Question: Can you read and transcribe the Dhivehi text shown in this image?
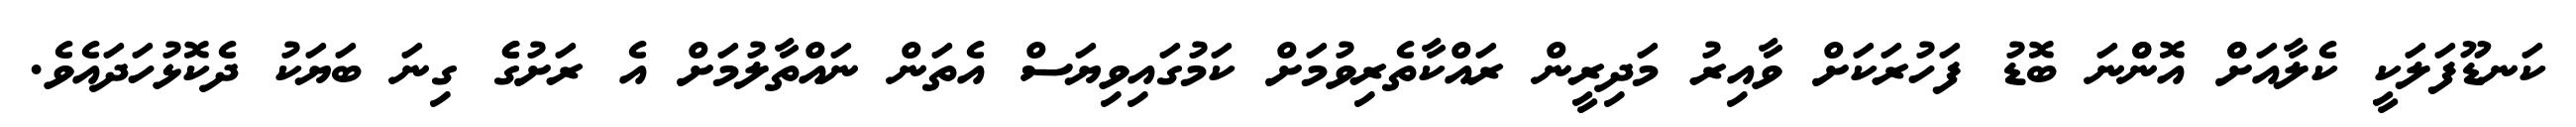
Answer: ކަނޑޫފަލަކީ ކެލާއަށްް އޮންްނަ ބޮޑު ފަހުރަކަށް ވާއިރު މަދިރީން ރައްކާތެރިވުމަށް ކަމުގައިވިޔަސް އެތަން ނައްތާލުމަށް އެ ރަށުގެެ ގިނަ ބަޔަކު ދެކޮޅުހަދައެވެ.